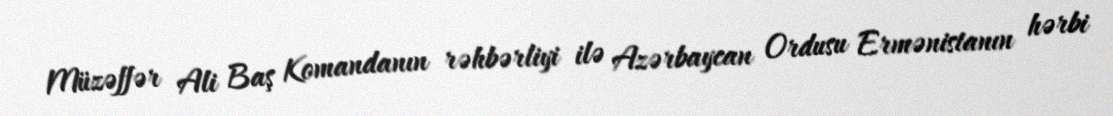
Müzəffər Ali Baş Komandanın rəhbərliyi ilə Azərbaycan Ordusu Ermənistanın hərbi